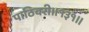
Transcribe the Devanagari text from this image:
पाठिवरी॥१३१॥